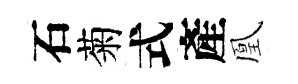
石菊式產凰